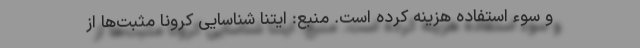
و سوء استفاده هزینه کرده است. منبع: ایتنا شناسایی کرونا مثبت‌ها از